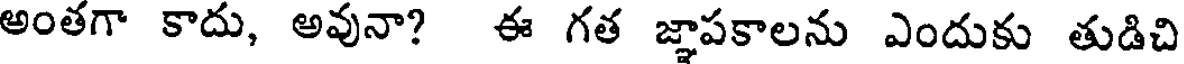
అంతగా కాదు, అవునా? ఈ గత జ్ఞాపకాలను ఎందుకు తుడిచి